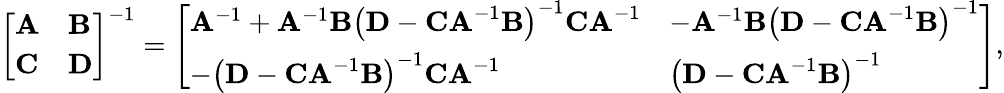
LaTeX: {\left[\begin{array}{ll}{\mathbf{A}}&{\mathbf{B}}\\ {\mathbf{C}}&{\mathbf{D}}\end{array}\right]}^{-1}={\left[\begin{array}{ll}{\mathbf{A}^{-1}+\mathbf{A}^{-1}\mathbf{B}\left(\mathbf{D}-\mathbf{CA}^{-1}\mathbf{B}\right)^{-1}\mathbf{CA}^{-1}}&{-\mathbf{A}^{-1}\mathbf{B}\left(\mathbf{D}-\mathbf{CA}^{-1}\mathbf{B}\right)^{-1}}\\ {-\left(\mathbf{D}-\mathbf{CA}^{-1}\mathbf{B}\right)^{-1}\mathbf{CA}^{-1}}&{\left(\mathbf{D}-\mathbf{CA}^{-1}\mathbf{B}\right)^{-1}}\end{array}\right]},